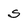
Character: S